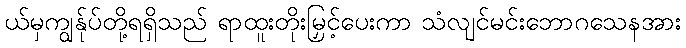
ယ်မှကျွန်ုပ်တို့ရရှိသည် ရာထူးတိုးမြှင့်ပေးကာ သံလျင်မင်းဘောဂသေနအား